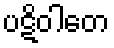
ပဋိဝါတေ